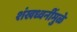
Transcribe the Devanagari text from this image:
शंखध्वनींमुळे